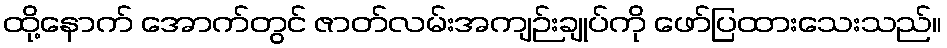
ထို့နောက် အောက်တွင် ဇာတ်လမ်းအကျဉ်းချုပ်ကို ဖော်ပြထားသေးသည်။